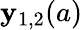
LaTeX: \mathbf{y}_{1,2}(a)